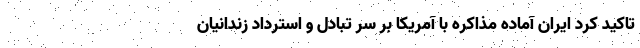
تاکید کرد ایران آماده مذاکره با آمریکا بر سر تبادل و استرداد زندانیان